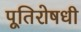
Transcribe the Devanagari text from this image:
पूतिरोषधी